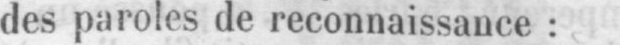
des paroles de reconnaissance: